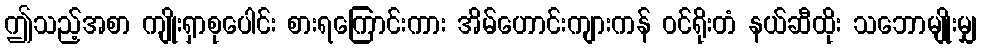
ဤသည့်အစာ ကျိုးရှာစုပေါင်း စားရကြောင်းကား အိမ်ဟောင်းကျားကန် ဝင်ရိုးတံ နယ်ဆီထိုး သဘောမျိုးမျှ